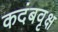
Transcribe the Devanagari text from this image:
कदंबवृक्ष